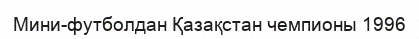
Мини-футболдан Қазақстан чемпионы 1996